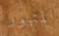
المتهور